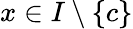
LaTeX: x\in I\setminus\{ c\}